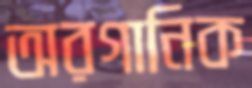
অরগানিক